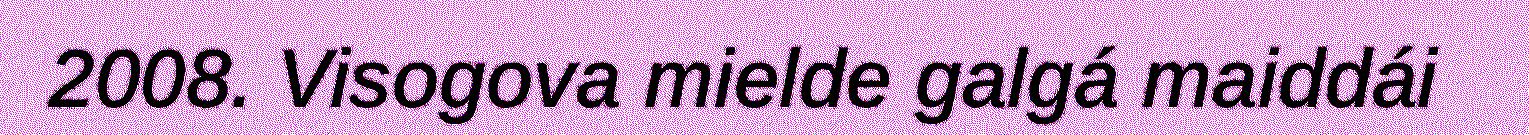
2008. Visogova mielde galgá maiddái